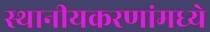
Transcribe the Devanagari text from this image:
स्थानीयकरणांमध्ये